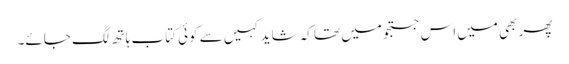
پھر بھی میں اس جستجو میں تھا کہ شاید کہیں سے کوئی کتاب ہاتھ لگ جائے۔